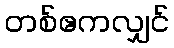
တစ်ဧကလျှင်